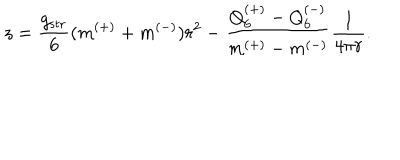
z = \frac { g _ { \mathrm { s t r } } } { 6 } ( m ^ { ( + ) } + m ^ { ( - ) } ) r ^ { 2 } - \frac { Q _ { 6 } ^ { ( + ) } - Q _ { 6 } ^ { ( - ) } } { m ^ { ( + ) } - m ^ { ( - ) } } \frac { 1 } { 4 \pi r } .